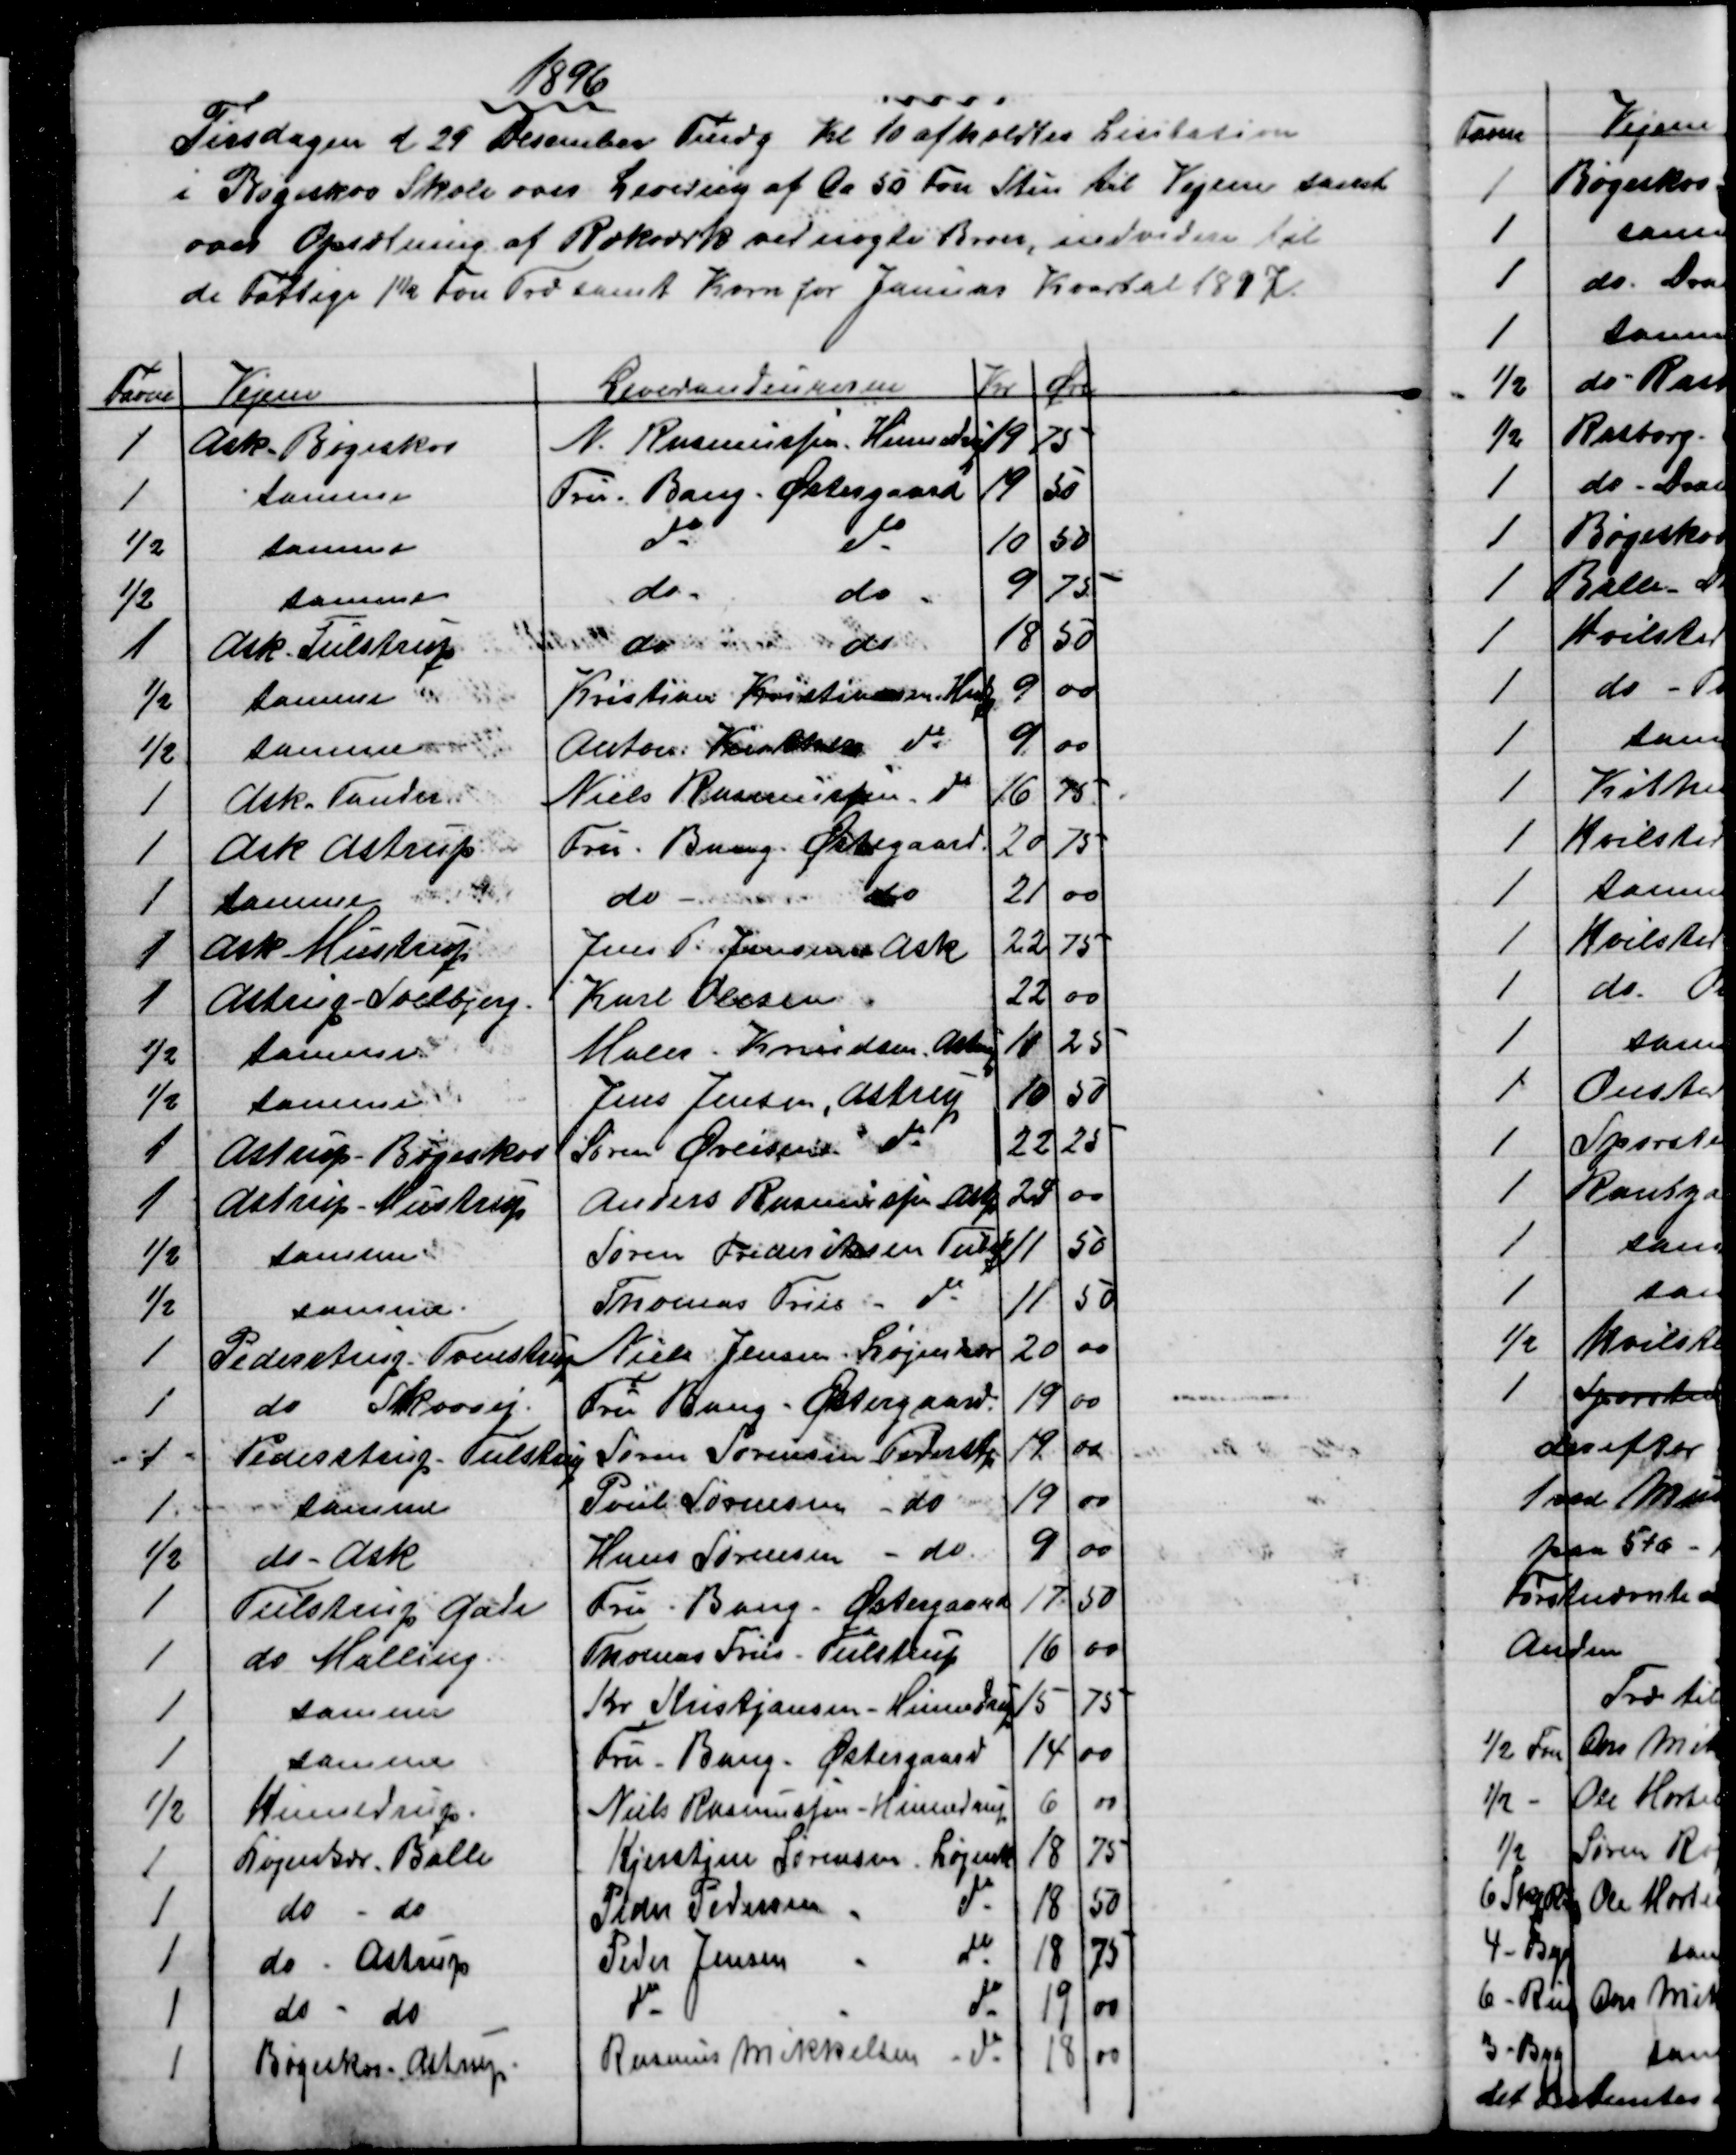
Transskription:
1896
Tirsdagen d 29 Desember Fmdg Kl 10 afholdtes Lisitation
i Bøgeskov Skole over Levering af Ca 50 Fvn Sten til Vejene samt
over Opsætning af Rækværk ved nogle Broer, indvidere til
de Fattige 1½ Fvn Træ samt Korn for Januar Kvartal 1897.
Favne
Vejene
Leverandeurerne
Kr
Øre
1
Ask - Bøgeskov
N. Rasmussen, Hinnedrup
 19
75
1
samme
Fru Bang. Østergaard
19
50
½
samme
do 
do
10
50
½
samme
do
do
9
75
1
Ask - Tulstrup
do
do 
18
50
½
samme
Kristian Kristiansen Hndp
9
00
½
samme
Anton Knudsen do
9
00
1
Ask - Tander
Niels Rasmussen do
16
75
1
Ask Astrup
Fru Bang. Østegaard.
20
75
1
samme 
do  
do
21
00
1
Ask - Mustrup
Jens P. Jensen Ask
22
75
1
Astrup - Soelbjerg.
Karl Olesen
22
00
½
samme
Maler Knudsen, Astrup
10
25
½
samme
Jens Jensen, Astrup
10
50
1
Astrup - Bøgeskov
Søren Øvlisen do
22
25
1
Astrup - Mustrup
Anders Rasmussen Astp
24
00
½
samme
Søren Frederiksen Tulstp
11
50
½
samme.
Thomas Friis
do
11
50
1
Pederstrup - Trulstrup
Niels Jensen, Løjenkær
20
00
1
do Skovvej.
Fru Bang - Østergaard
19
00
1
Pederstrup - Tulstrup
Søren Sørensen Pederstp
19
00
1
samme
Poul Sørensen - do 
19
00
½
do - Ask
Hans Sørensen - do
9
00
1
Tulstrup Gade
Fru Bang - Østergaard
17
50
1
do Malling
Thomas Friis - Tulstrup
16
00
1
samme
Kr Kristjansen - Hinnedrup
15
75
1
samme
Fru Bang - Østergaard
14
00
½
Hinnedrup.
Niels Rasmussen - Hinnedrup
6
00
1
Løjenkær - Balle
Kjerstine Sørensen, Løjenk
18
75
1
do
do
Peder Pedersen 
do
18
50
1
do - Astrup
Peder Jensen
do
18
75
1
do - do
do
do
19
00
1
Bøgeskov- Astrup
Rasmus Mikkelsen do
18
00